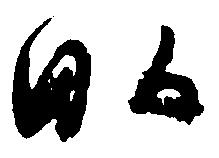
畝